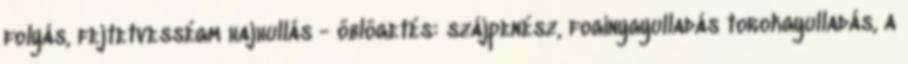
folyás, fejtetvességm hajhullás - öblögetés: szájpenész, fogínygyulladás torokgyulladás, a